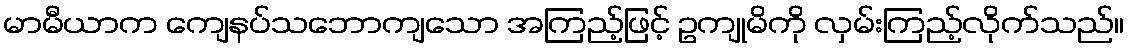
မာမီယာက ကျေနပ်သဘောကျသော အကြည့်ဖြင့် ဥကျုမိကို လှမ်းကြည့်လိုက်သည်။